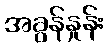
အခွန်နှုန်း